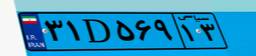
۰۱D۴۰۲۵۲